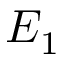
E _ { 1 }